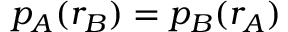
p _ { A } ( r _ { B } ) = p _ { B } ( r _ { A } )